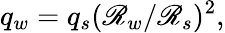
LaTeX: q_{w}=q_{s}(\mathscr{R}_{w}/\mathscr{R}_{s})^{2},